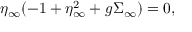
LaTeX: \eta _ { \infty } ( - 1 + \eta _ { \infty } ^ { 2 } + g \Sigma _ { \infty } ) = 0 ,